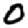
Digit: 0